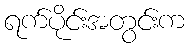
ရက်ပိုင်းအတွင်းက